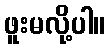
ဖူးမလို့ပါ။